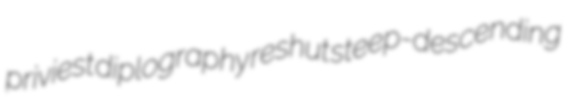
priviest diplography reshut steep-descending